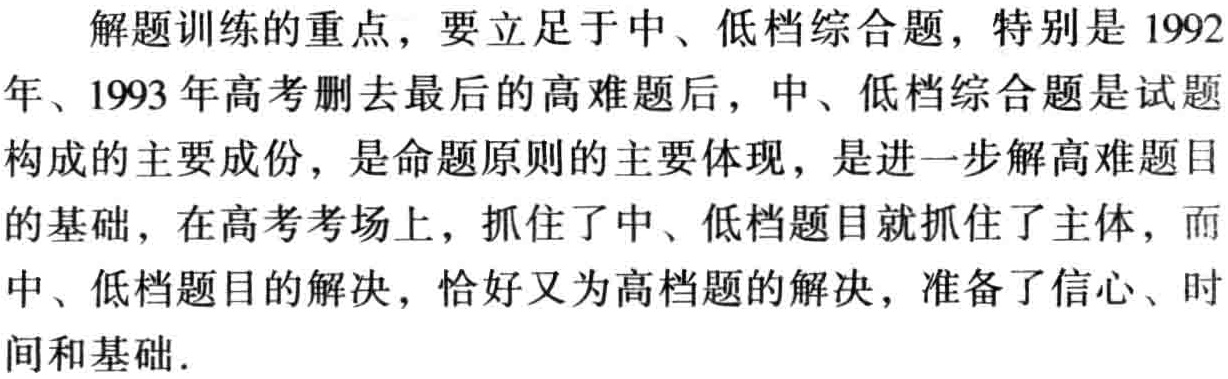
解题训练的重点，要立足于中、低档综合题，特别是1992年、1993年高考删去最后的高难题后，中、低档综合题是试题构成的主要成份，是命题原则的主要体现，是进一步解高难题目的基础，在高考考场上，抓住了中、低档题目就抓住了主体，而中、低档题目的解决，恰好又为高档题的解决，准备了信心、时间和基础.